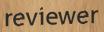
reviewer